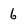
Character: 6